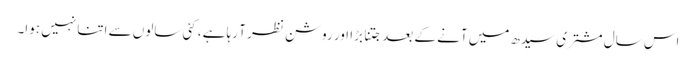
اس سال مشتری سیدھ میں آنے کے بعد جتنا بڑا اور روشن نظر آ رہا ہے، کئی سالوں سے اتنا نہیں ہوا۔